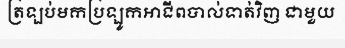
ត្រឡប់មកប្រឡូកអាជីពបាល់ទាត់វិញ ជាមួយ